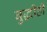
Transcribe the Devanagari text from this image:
बुद्धीही